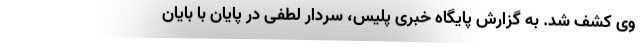
وی کشف شد. به گزارش پایگاه خبری پلیس، سردار لطفی در پایان با بایان